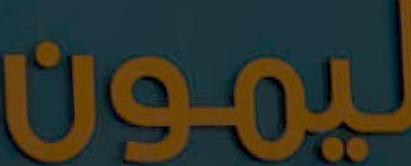
ليمون